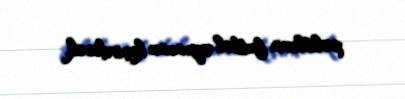
polislərin futbol oyununu keçirdəcək.